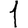
Digit: 1